Scottish Leaving Certificate Examination, 1959
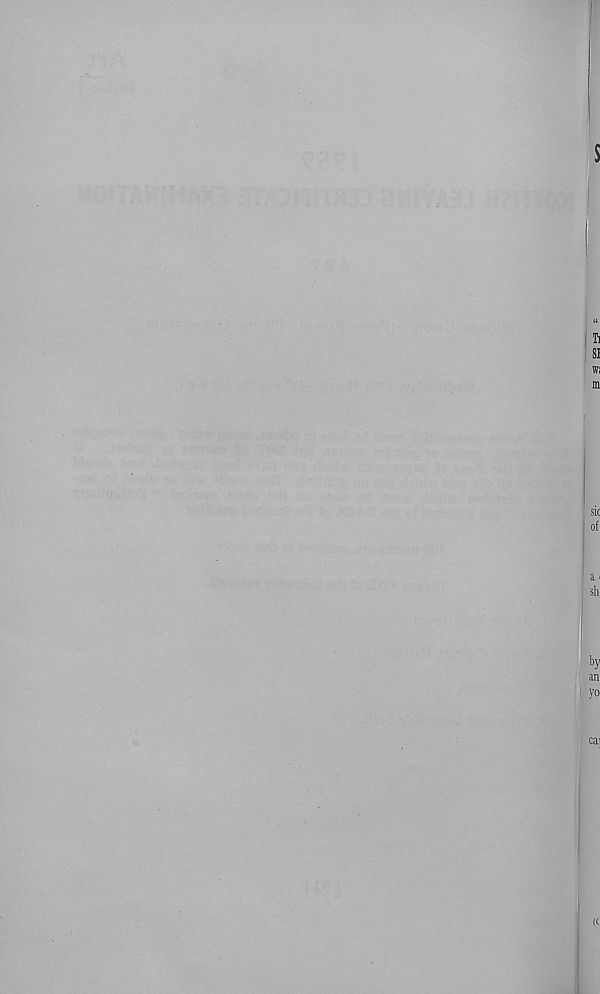
$
Ti
SI
W!
m
sic
of
a i
sli
by
an
yo
ca]
(c